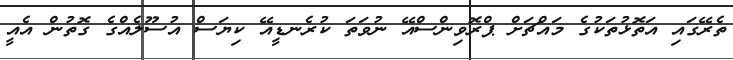
ތެރޭގައި އަތޮޅުތަކުގެ މައްޗަށް ޕްރޮވިންސްއޭ ނުވަތަ ކުރެނޑީއޭ ކިޔަސް އުސޫލެއްގެ ގޮތުން އެއީ